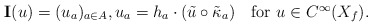
\begin{align*}\mathbf{I}(u)=(u_a)_{a\in A}, u_a= h_a\cdot (\tilde{u} \circ \tilde{\kappa}_{a}) \quad\mbox{for $u\in C^\infty(X_f)$}. \end{align*}